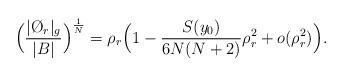
LaTeX: \begin{align*} \Bigl( \frac{| \O_r|_g}{|B|}\Bigr)^{\frac{1}{N}}= \rho_r \Bigl(1-\frac{S(y_0)}{6N(N+2)}\rho_r^2 +o(\rho_r^2)\Bigr).\end{align*}